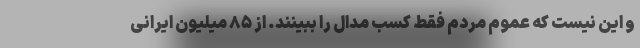
و این نیست که عموم مردم فقط کسب مدال را ببینند. از ۸۵ میلیون ایرانی